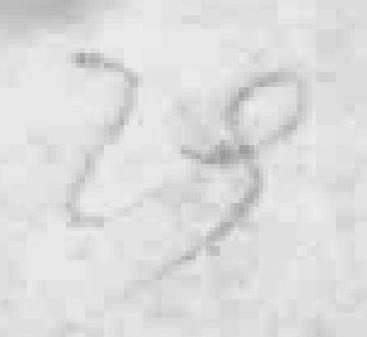
29